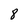
Character: 8